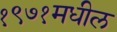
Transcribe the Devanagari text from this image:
१९७१मधील